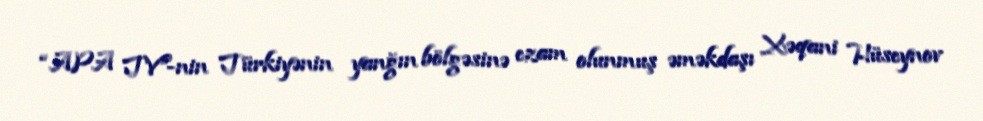
“APA TV”-nin Türkiyənin yanğın bölgəsinə ezam olunmuş əməkdaşı Xəqani Hüseynov